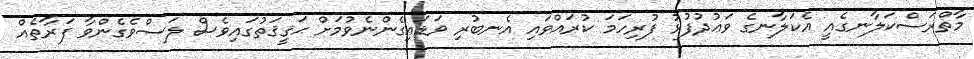
މާތްރަސްކަލާނގެއީ އެކަލާނގެ ވަޢުދުފުޅު ފުރިހަމަ ކުރައްވައި އެނބުރި ވަޑައިގެންނެވުމަށް ޙަޤީޤަތުގައިވެސް ލަސްވެގެންވާ ފަރާތެއް